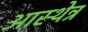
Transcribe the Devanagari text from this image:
आस्थेन्र